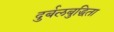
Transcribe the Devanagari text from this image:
दुर्बलबुद्धिता